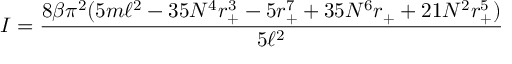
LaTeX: I = \frac { 8 \beta \pi ^ { 2 } ( 5 m \ell ^ { 2 } - 3 5 N ^ { 4 } r _ { + } ^ { 3 } - 5 r _ { + } ^ { 7 } + 3 5 N ^ { 6 } r _ { + } + 2 1 N ^ { 2 } r _ { + } ^ { 5 } ) } { 5 \ell ^ { 2 } }